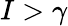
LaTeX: I>\gamma